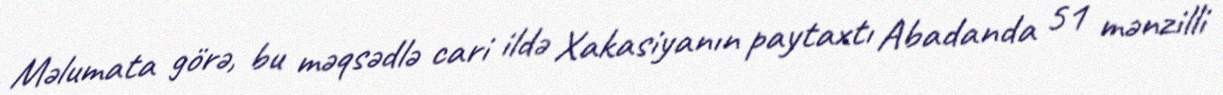
Məlumata görə, bu məqsədlə cari ildə Xakasiyanın paytaxtı Abadanda 51 mənzilli